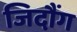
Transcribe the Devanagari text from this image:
जिदौंग